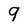
Character: 9